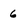
Character: 6